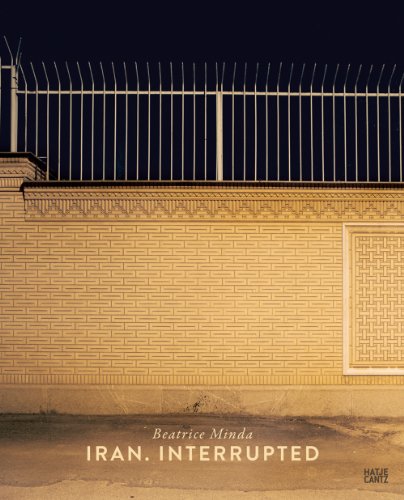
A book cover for Beatrice Minda: Iran, Interrupted; Catherine David; Travel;